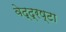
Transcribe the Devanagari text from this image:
वेद्द्रष्टा